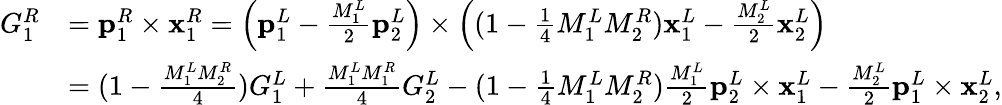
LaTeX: \begin{array}{rl}{G_{1}^{R}}&{=\mathbf{p}_{1}^{R}\times\mathbf{x}_{1}^{R}=\left(\mathbf{p}_{1}^{L}-\frac{M_{1}^{L}}{2}\mathbf{p}_{2}^{L}\right)\times\left((1-\frac{1}{4}M_{1}^{L}M_{2}^{R})\mathbf{x}_{1}^{L}-\frac{M_{2}^{L}}{2}\mathbf{x}_{2}^{L}\right)}\\ &{=(1-\frac{M_{1}^{L}M_{2}^{R}}{4})G_{1}^{L}+\frac{M_{1}^{L}M_{1}^{R}}{4}G_{2}^{L}-(1-\frac{1}{4}M_{1}^{L}M_{2}^{R})\frac{M_{1}^{L}}{2}\mathbf{p}_{2}^{L}\times\mathbf{x}_{1}^{L}-\frac{M_{2}^{L}}{2}\mathbf{p}_{1}^{L}\times\mathbf{x}_{2}^{L},}\end{array}